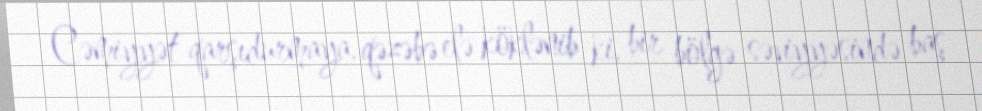
Cəmiyyət qarşıdurmaya, qəzəbə elə köklənib ki, bir bölgə səviyyəsində baş